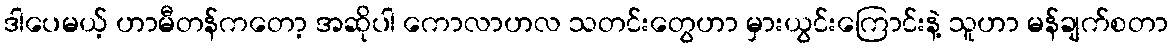
ဒါပေမယ့် ဟာမီတန်ကတော့ အဆိုပါ ကောလာဟလ သတင်းတွေဟာ မှားယွင်းကြောင်းနဲ့ သူဟာ မန်ချက်စတာ